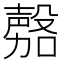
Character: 𭮾